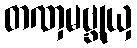
တဏှမဗ္ဘုယှ